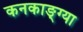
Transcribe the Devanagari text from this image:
कनकाङ्ग्या